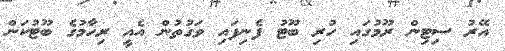
އޭރު ސިޓިން ރޫމުގައި ހުރި ބޫޓު ފެނިފައި ވަގުތުން އެއީ ރިހާމުގެ ބޫޓުކަން